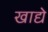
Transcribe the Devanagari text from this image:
खाद्ये